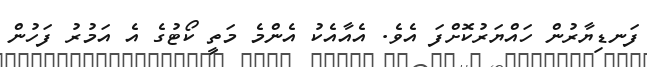
ފަނޑިޔާރުން ހައްޔަރުކޮށްފަ އެވެ. އެއާއެކު އެންމެ މަތީ ކޯޓުގެ އެ އަމުރު ފަހުން